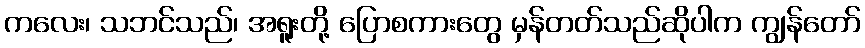
ကလေး၊ သဘင်သည်၊ အရူးတို့ ပြောစကားတွေ မှန်တတ်သည်ဆိုပါက ကျွန်တော်